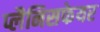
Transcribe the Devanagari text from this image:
प्लैनिसफेयर